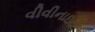
વીવીનાઇટ